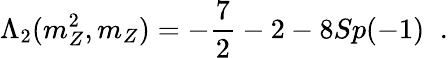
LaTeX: \Lambda_{2}(m_{Z}^{2},m_{Z})=-\frac{7}{2}-2-8Sp(-1)\; \; .